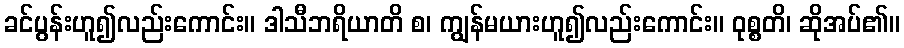
ခင်ပွန်းဟူ၍လည်းကောင်း။ ဒါသီဘရိယာတိ စ၊ ကျွန်မယားဟူ၍လည်းကောင်း။ ဝုစ္စတိ၊ ဆိုအပ်၏။